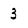
Character: 3